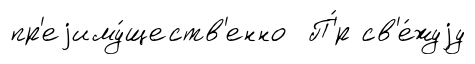
пр'еjиму́ществ'енно П'́р св'е́жуjу